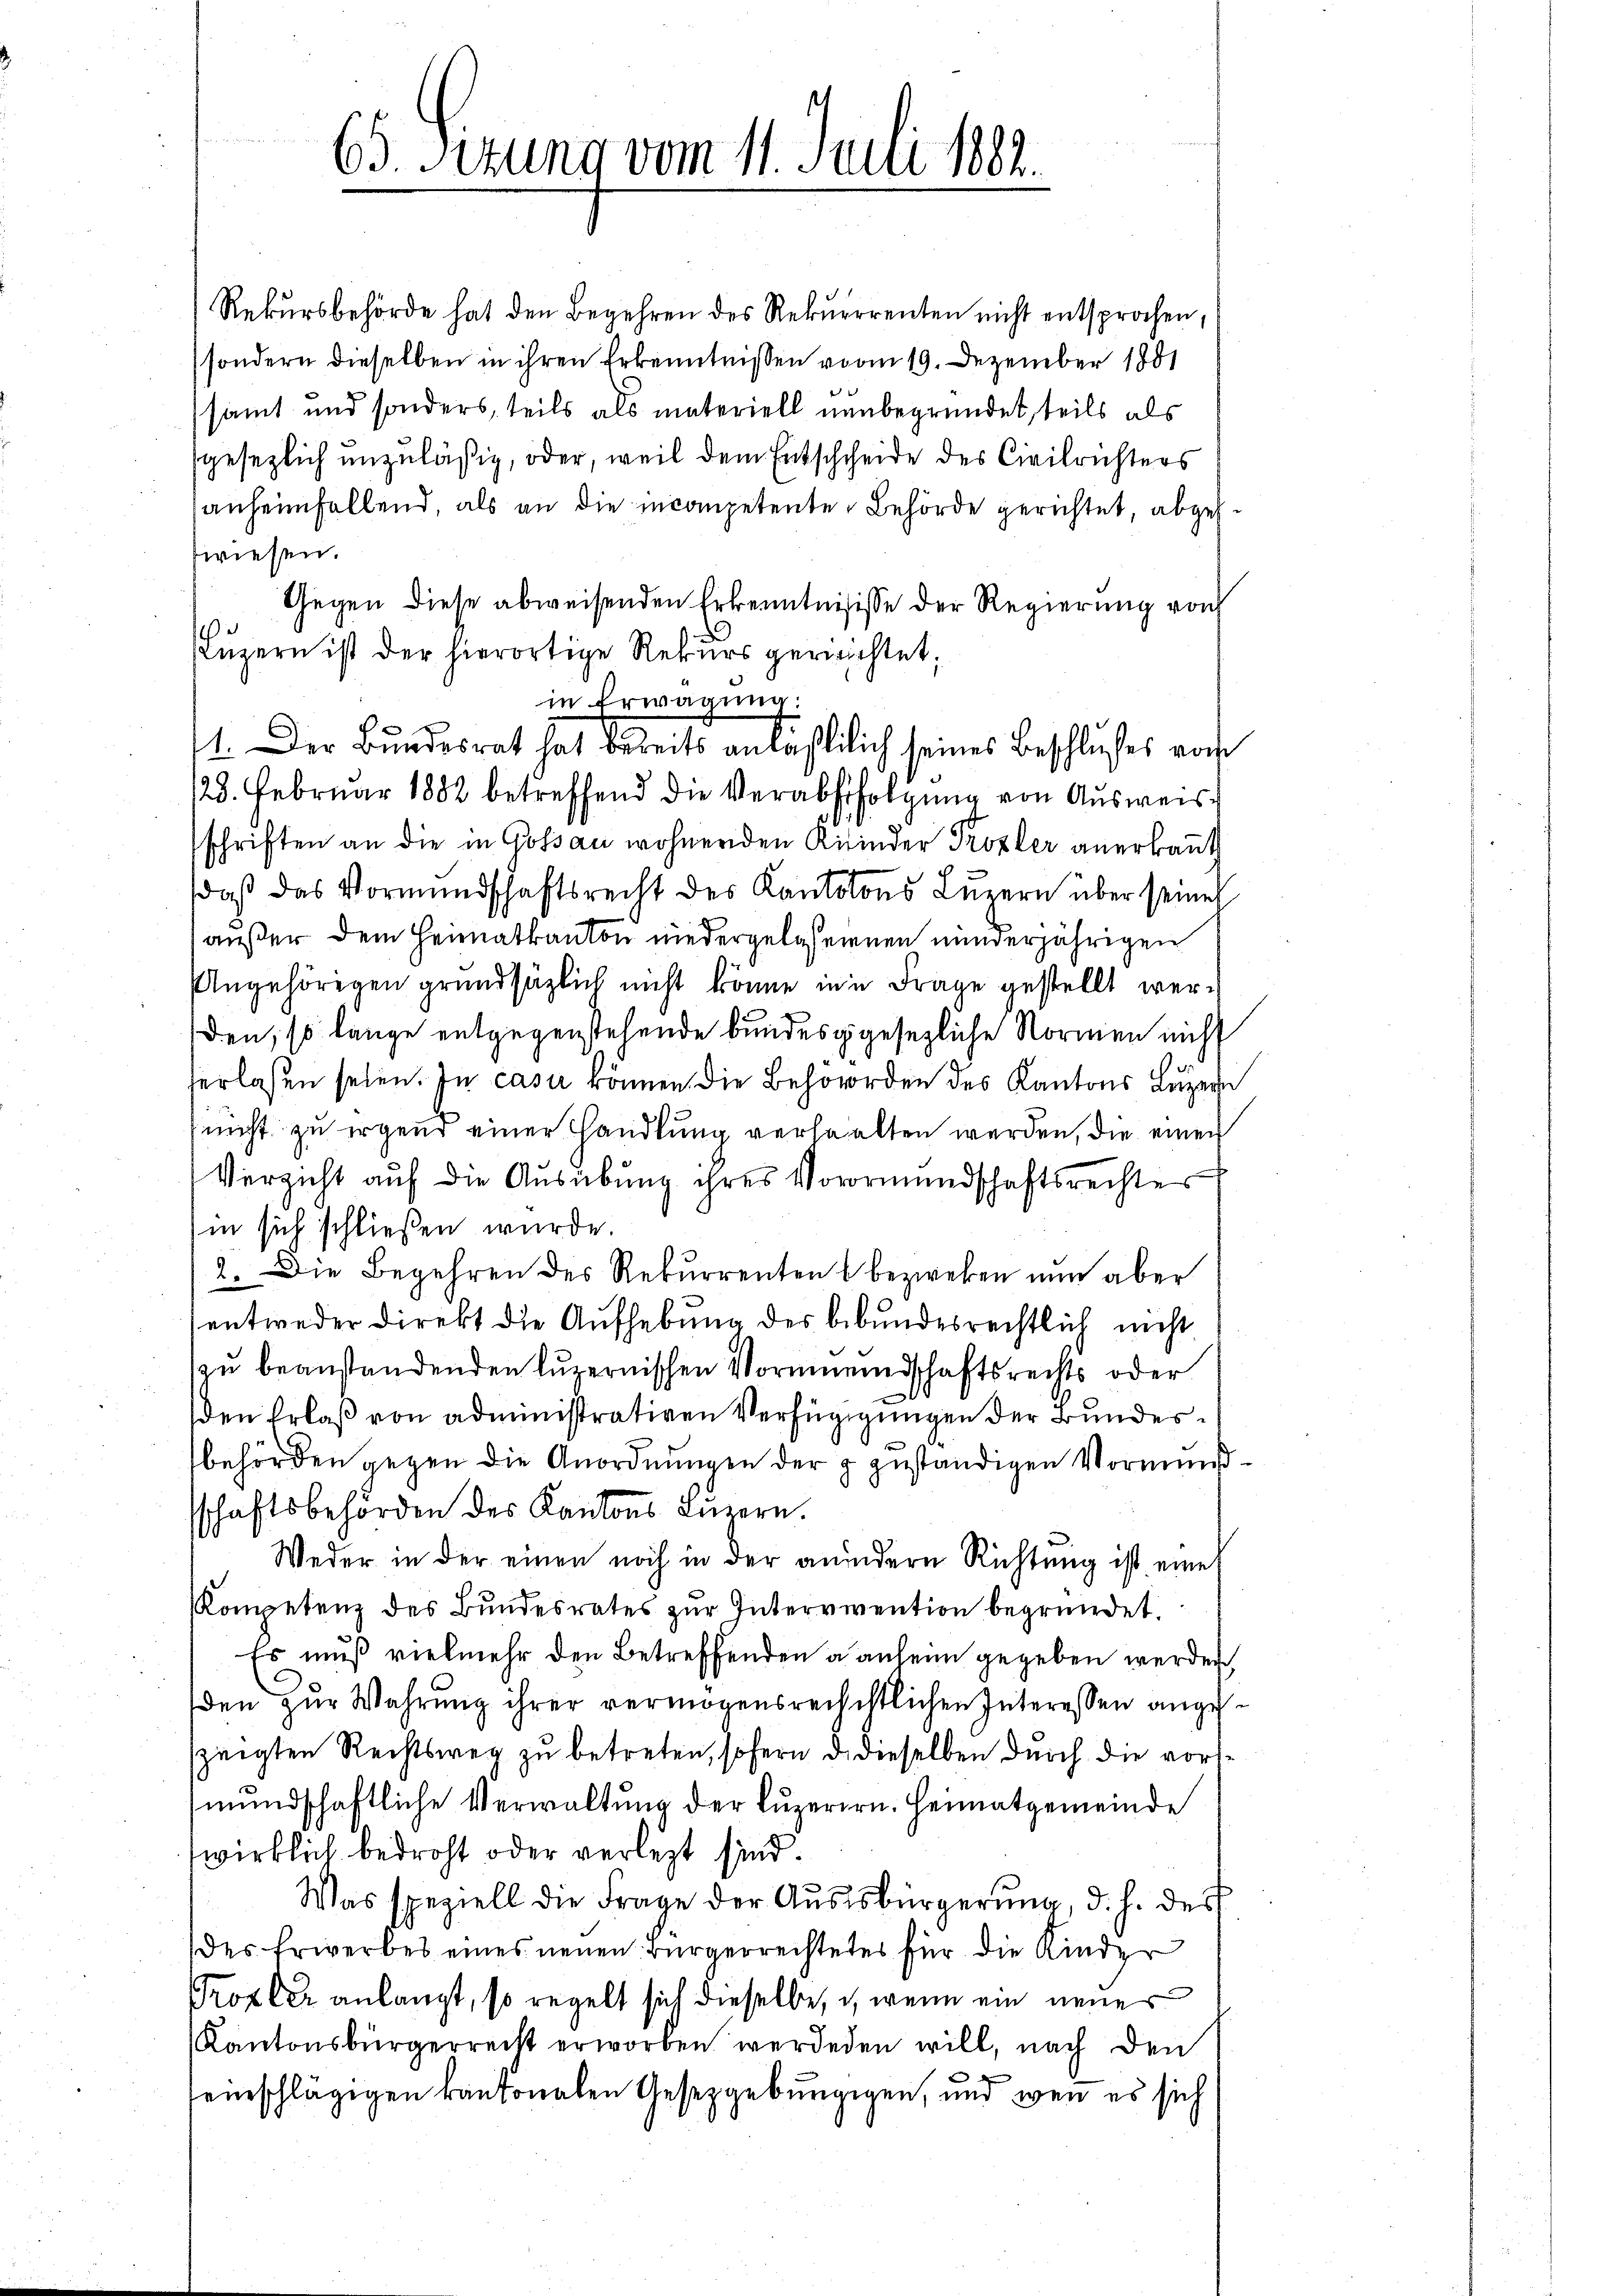
65 Sizung vom 11. Juli 1882.

wiesen.
in Erwägung:
128. Februar 1882 betreffend die Verabfolgung von Ausweis
schriften an die in Gossau wohnenden Kinder Prozler anerkannt
daß das Vormundschaftsrecht des Kantolons Luzern über seines
außer dem Heimatkanton niedergelesenenen minderjährigen
Angehörigen grundsätzlich nicht könne in Frage gestellt werden, so lange entgegenstehende bundesgesezliche Normen nicht
herlassen seien. In casu können. Die Behörden des Kantons Luzern
nicht zu irgend einer Handlung verhalten werden, die einen
Verzicht auf die Ausübung ihres Vorormundschaftsrechter
in sich schließen wurde.
2. Die Begehren des Rekurrenten bezwecken nun aber
entweder Direkt die Aufhebung des bebundesrechtlich nicht
zu beanstandenden Luzernischen Vormundschaftsrechts oder
den Erlaß von administrativen Verfügigungen der Bundesbehörden gegen die Anordnungen der z zuständigen Vormundschaftsbehörden des Kantons Luzern.
Weder in der einen noch in der anindern Richtung ist eine
Kompetenz des Bundesrates zur Interviention begründet.
Es muß vielmehr den Betreffenden anheim gegeben werden,
den zur Wahrung ihrer vermögensrechchtlichen Interessen angezeigten Rechtsweg zu betreten, sofern d. dieselben durch die vorsmundschaftliche Verwaltung der Luzerern. Heimatgemeinde
wirklich bedroht oder verlegt sind.
Was speziell die Frage der Aŭssbürgerung, d. h. des
des Erwerbes eines neuen Bürgerrechtetes für die Kinder
Trozler anlangt, so regelt sich dieselbe, wenn ein neues
Kantonsbürgerrecht erworben werdeden will, nach den
euschlägigen kantonalen Gesetzgebungigen, und wenn es sich

Rekursbehörde hat den Begehren des Rekurrrenten nicht entsprochen
sondern dieselben in ihren Erkenntnissen vom 19. Dezember 1881
samt und sonders, teils als materiell nunbegründet, teils als
gesezlich unzuläßig, oder, weil dem Entschcheide des Civilrichters
sanheimfallend, als an die incompetente Behörde gerichtet, abgeh
Gegen diese abweisenden Erkenntnisse der Regierung von
Luzern ist der hierortige Rekurs gerichtet,

1. Der Bundesrat hat bereits anläßlich seines Beschlusses vorh